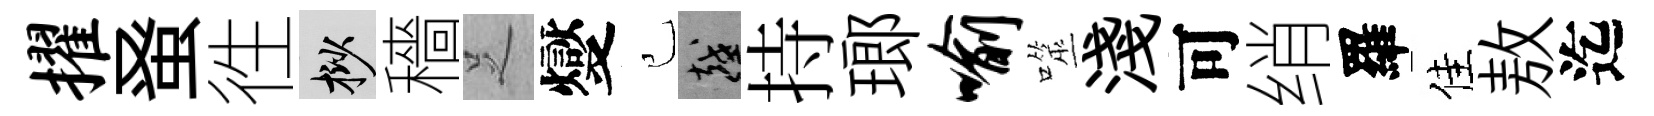
擢𫊫徃挲穡𠯁燮己越持瑯喻噬淺可绡羅佳敖迄